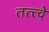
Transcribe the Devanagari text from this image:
तत्‍त्‍वे